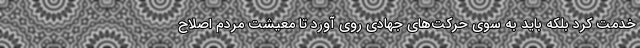
خدمت کرد بلکه باید به سوی حرکت‌های جهادی روی آورد تا معیشت مردم اصلاح